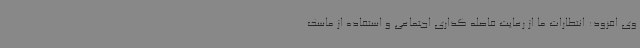
وی افزود: انتظارات ما از رعایت فاصله گذاری اجتماعی و استفاده از ماسک